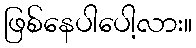
ဖြစ်နေပါပေါ့လား။